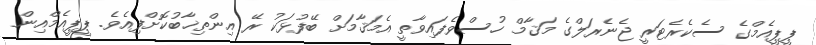
ޕީޕީއެމްގެ ސެކެރެޓަރީ ޖެނެރަލްގެ މަޤާމް ހުސްވެފައިވާތީ އެމަޤާމަށް ބޭފުޅަކު ރޭ އިންތިޚާބުކޮށްފިއެވެ. ޕީޕީއެމްއިން